Malaria in the Andamans - Number 56
Disease focus: Malaria
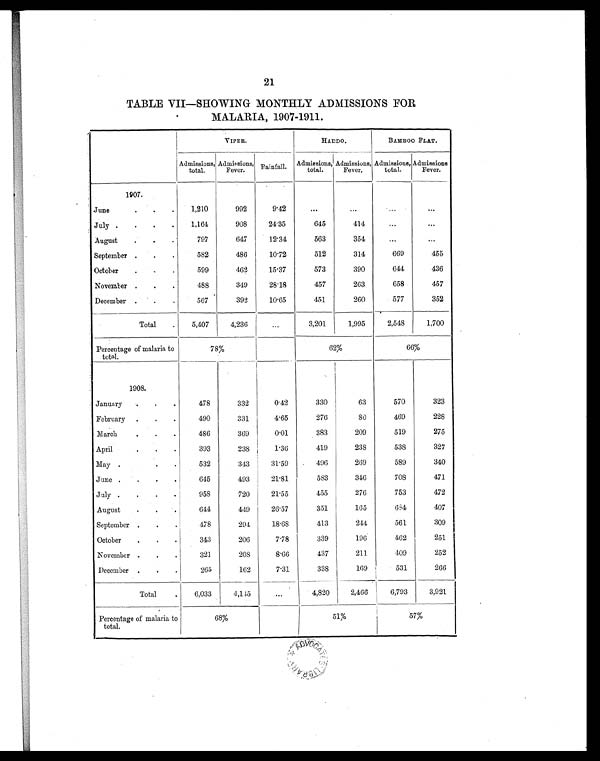
21
TABLE VII—SHOWING MONTHLY ADMISSIONS FOR
MALARIA, 1907-1911.
VIPER.
H A D D O .
BAMBOO FLAT.
Admissions,
total.
Admissions,
Fever.
Rainfall. Admissions,
total.
Admissions,
Fever.
Admissions,
total.
Admissions
Fever.
1907.
June
.
.
.
1,210
992
9.42
. . .
...
...
...
July .
.
.
.
1,164
908
24.35
645
414
...
...
August
.
.
.
797
647
12.34
563
354
...
...
September .
.
.
582
486
10.72
512
314
669
455
October
.
.
.
599
462
15.37
573
390
644
436
November .
.
.
488
349
28.18
457
263
658
457
December .
.
.
567
392
10.65
451
260
577
352
Total
.
5,407
4,236
...
3,201
1,995
2,548
1,700
Percentage of malaria to
total.
78%
62%
66%
1908.
January
. .
.
478
332
0.42
330
63
570
323
February .
.
.
490
331
4.65
276
8 0
469
228
March
.
.
.
486
369
0.01
383
209
519
275
April
.
.
.
393
238
1.36
419
238
538
327
May .
.
.
532
343
31.59
496
269
589
340
June .
.
.
.
645
493
21.81
583
346
708
471
July .
.
.
.
958
720
21.55
455
276
753
472
August
.
.
.
644
449
26.57
351
165
684
407
September .
.
.
478
294
18.68
413
244
561
309
October
.
. .
343
206
7.78
339
196
462
251
November .
.
.
321
208
8.66
437
211
409
252
December .
.
.
265
162
7.31
338
169
531
266
Total
.
6,033
4,115
...
4,820
2,466
6,793
3,921
Percentage of malaria to
total.
68%
51%
57%